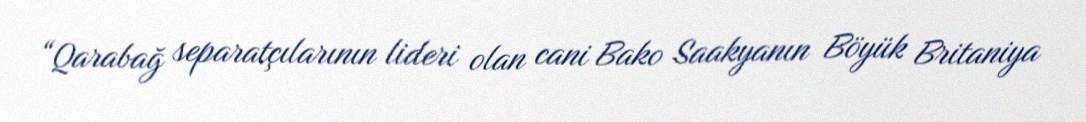
“Qarabağ separatçılarının lideri olan cani Bako Saakyanın Böyük Britaniya